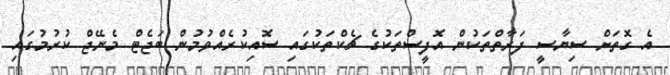
އެ ގޮތަށް ސިޔާސީ ފަރާތްތަކުން އޮފީސްތަކުގެ ޗެކްތަކުގައި ސޮއިކުރެއްވުމުން ބަޖެޓް މެނޭޖް ކުރުމުގައި